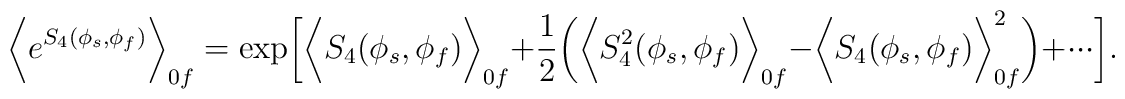
\biggl<e^{S_4(\phi_s,\phi_f)}\biggr>_{0f}=\exp\biggl[\biggl<S_4(\phi_s,\phi_f)\biggr>_{0f}+\frac{1}{2}\biggl(\biggl<S_4^2(\phi_s,\phi_f)\biggr>_{0f}-\biggl<S_4(\phi_s,\phi_f)\biggr>^2_{0f}\biggr)+\cdot\cdot\cdot\biggr].